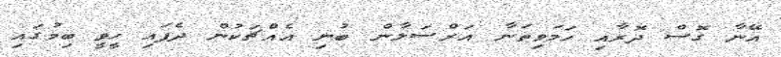
އޭނާ ގޮސް ދޮރާއި ހަމަވިތަނާ އަރްސަލާން ބުނި އެއްޗަކުން ދެފައި ހީވީ ބިމުގައި